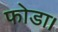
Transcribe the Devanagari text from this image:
फोडा।